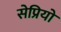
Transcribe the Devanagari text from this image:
सेप्रियो